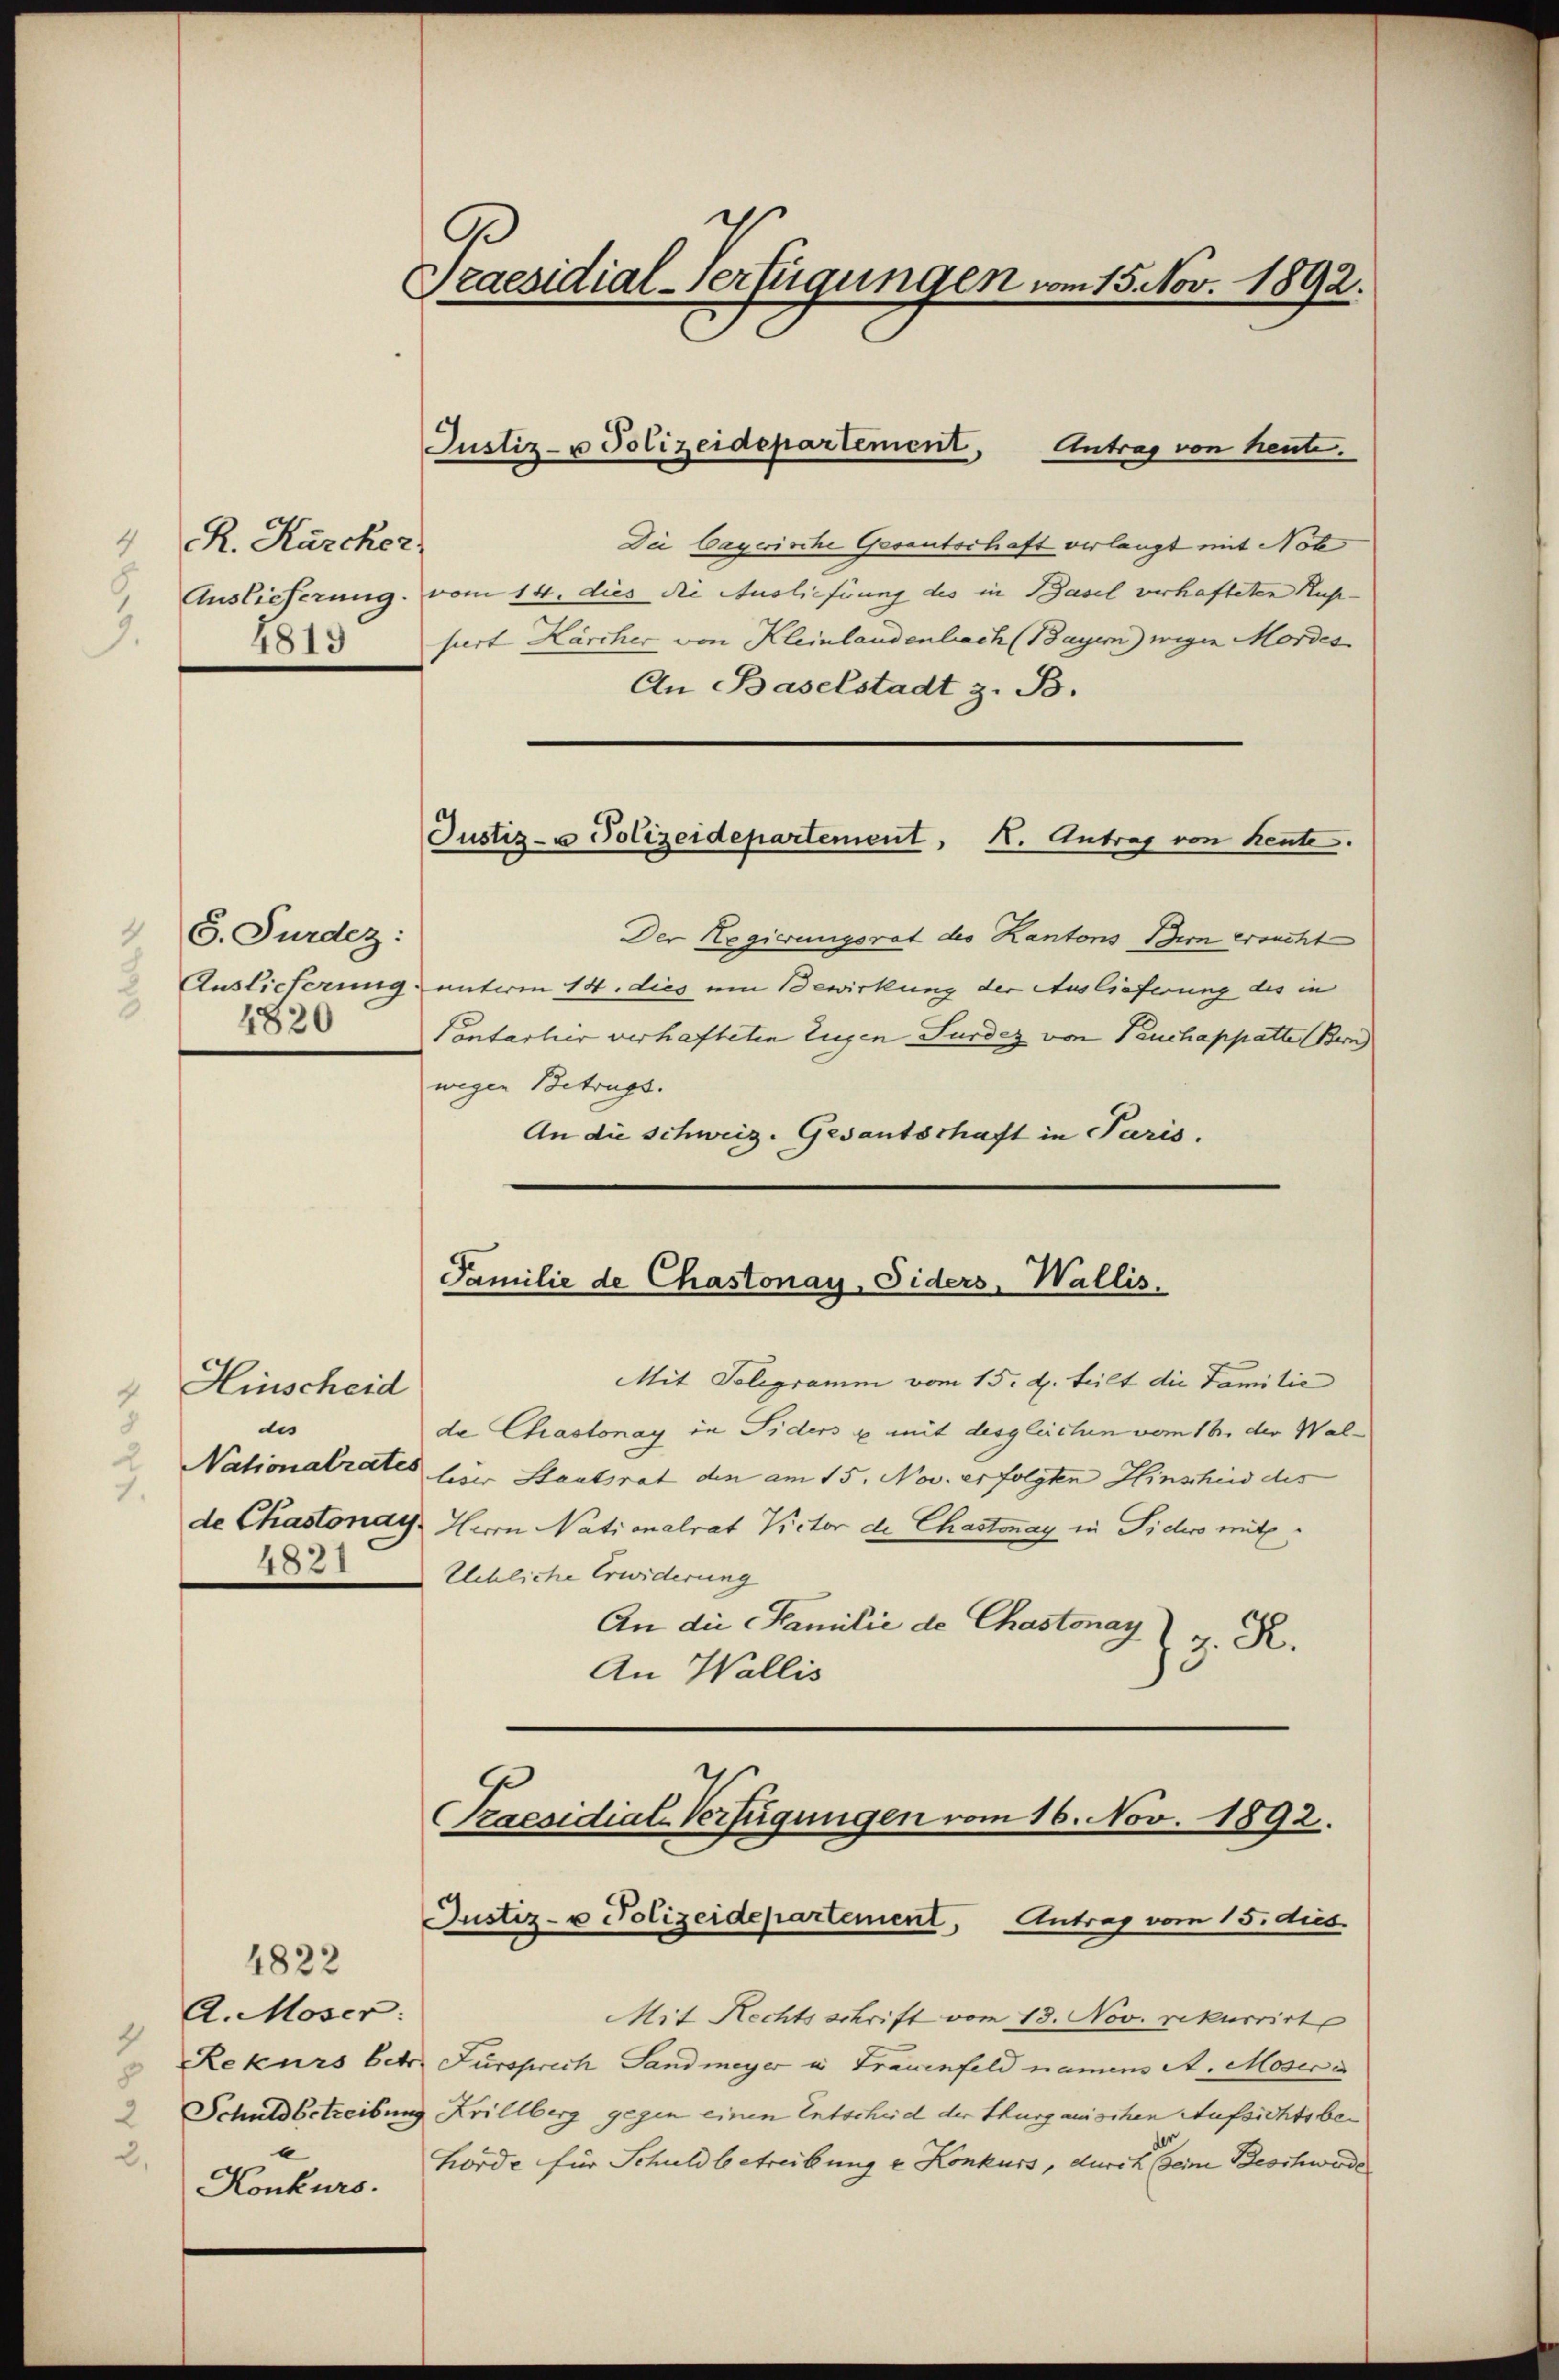
4
R. Kürcker
Auslieferung.
.
1819

6. Furdez:
Auslieferung.
2
1820

Hinscheid
4
de
8
2
4821

4822
A. Moser:
4
6
2.
Konkurs.

Praesidial-Verfügungen vom 15. Nov. 1892.

Justiz- u Polizeidepartement. Antrag von heute.

Mit Seligramm vom 15. d. teilt die Familie
de Chastonay in Fiders u. mit desgleichen vom 18. der Wal¬
Nationalrates leser Staatsrat den am 15. Nov. erfolgten Hinschied des
de Chastonay, Herrn Nationalrat Victor de Chastonay in Sidero mit
Elchliche Erwiderung
An die Familie de Chastonay
z. R.
An Wallis
Praesidial-Verfügungen vom 16. Nov. 1892.
Justiz- u Polizeidepartement, Antrag vom 15. died.
Mit Rechtsschrift vom 13. Nov. rekurrirt
 Rekurs betr. Fürsprech Sandmeyer u Frauenfeld namens A. Mosici
Schuldbetreibung Krillberg gegen einen Entscheid der Thurgauischen Aufsichtsbe¬
Hörde für Schuldbetreibung e Konkurs, durch seine Beschwerde

Die bayerische Gesantschaft verlangt mit Nob
¬
vom 14. dies die Auslieferung des in Basel verhafteten Kuh-
siert Kärcher von Kleinlandenbach (Bayern) wegen Mordes
An Baselstadt z. B.
Justiz- u Polizeidepartement, K. Antrag von heute.
Der Regierungsrat des Kantons Bern ersucht
unteren 14. dies um Bewirkung der Auslieferung des in
Pontartier verhafteten Eugen Surdes von Teuchappatte Bern
wegen Betrugs.
An die Schweiz. Gesantschaft in Paris.

Familie de Chastonay, Siders, Wallis.